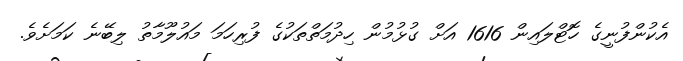
އެކުންފުނީގެ ހޮޓްލައިން 1616 އަށް ގުޅުމުން ހިދުމަތްތަކުގެ ފުރިހަމަ މައުލޫމާތު ލިބޭނެ ކަމަށެވެ.